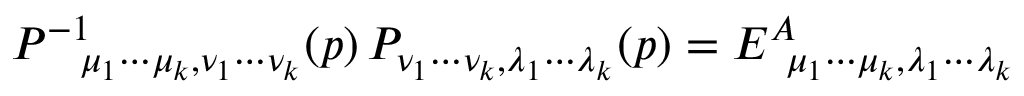
P ^ { - 1 } { } _ { \! \! \mu _ { 1 } \cdots \mu _ { k } , \nu _ { 1 } \cdots \nu _ { k } } ( p ) \, P _ { \nu _ { 1 } \cdots \nu _ { k } , \lambda _ { 1 } \cdots \lambda _ { k } } ( p ) = { \cal E } ^ { A } { } _ { \! \! \mu _ { 1 } \cdots \mu _ { k } , \lambda _ { 1 } \cdots \lambda _ { k } } \,